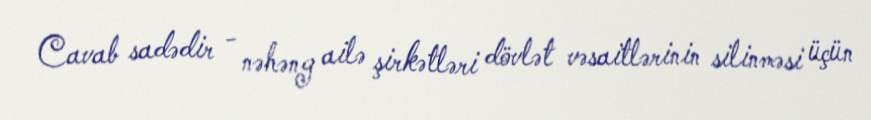
Cavab sadədir - nəhəng ailə şirkətləri dövlət vəsaitlərinin silinməsi üçün